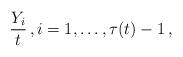
LaTeX: \begin{align*} \frac{Y_i}{t}\,, i= 1,\ldots , \tau(t) -1 \,, \end{align*}